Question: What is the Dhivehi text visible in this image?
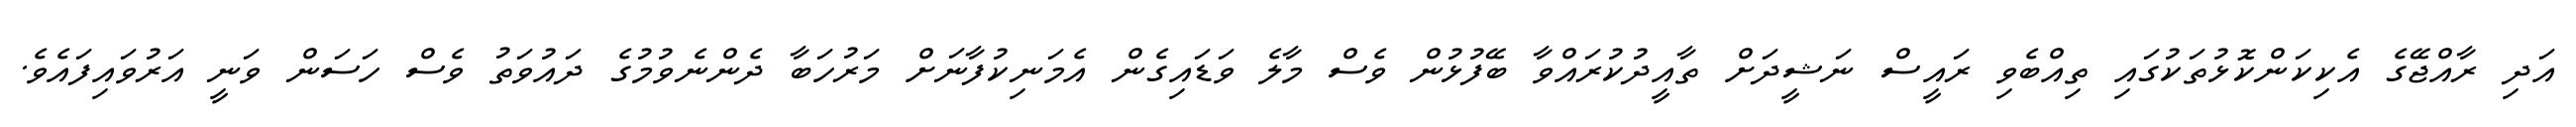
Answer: އަދި ރާއްޖޭގެ އެކިކަންކޮޅުތަކުގައި ތިއްބެވި ރައީސް ނަޝީދަށް ތާއީދުކުރައްވާ ބޭފުޅުން ވެސް މާލެ ވަޑައިގެން އެމަނިކުފާނަށް މަރުހަބާ ދެންނެވުމުގެ ދައުވަތު ވެސް ހަސަން ވަނީ އަރުވައިފައެވެ.